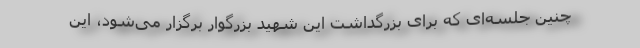
چنین جلسه‌ای که برای بزرگداشت این شهید بزرگوار برگزار می‌شود، این